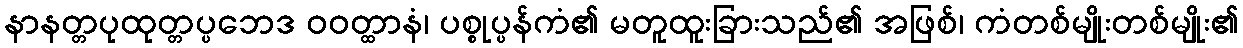
နာနတ္တပုထုတ္တပ္ပဘေဒ ဝဝတ္ထာနံ၊ ပစ္စုပ္ပန်ကံ၏ မတူထူးခြားသည်၏ အဖြစ်၊ ကံတစ်မျိုးတစ်မျိုး၏